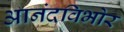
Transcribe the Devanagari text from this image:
आनंदविभोर